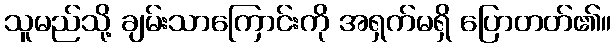
သူမည်သို့ ချမ်းသာကြောင်းကို အရှက်မရှိ ပြောတတ်၏။